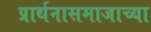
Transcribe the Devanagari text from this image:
प्रार्थनासमाजाच्या